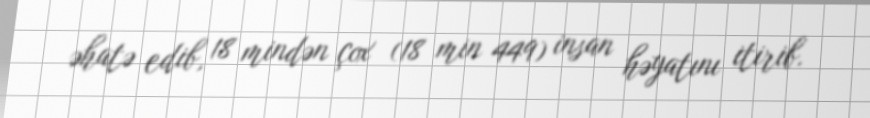
əhatə edib, 18 mindən çox (18 min 449) insan həyatını itirib.